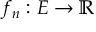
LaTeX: f _ { n } : E \to \mathbb { R }